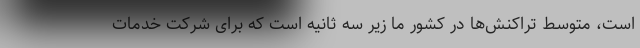
است، متوسط تراکنش‌ها در کشور ما زیر سه ثانیه است که برای شرکت خدمات